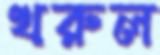
খরুল